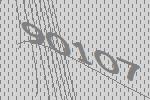
90107